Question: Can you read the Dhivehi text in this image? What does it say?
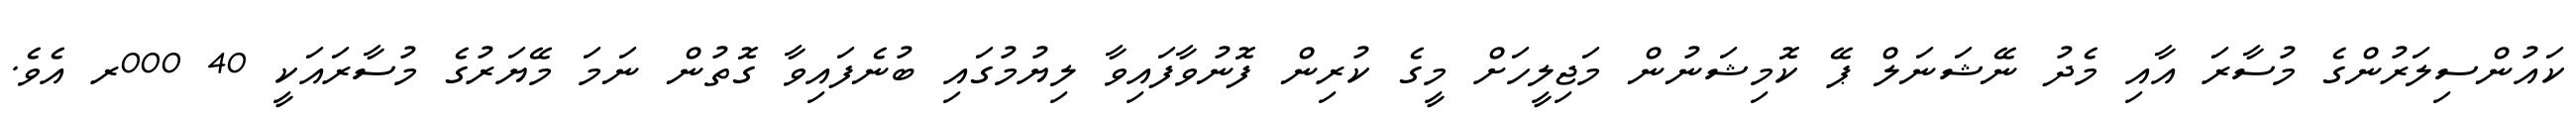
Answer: ކައުންސިލަރުންގެ މުސާރަ އާއި މެދު ނޭޝަނަލް ޕޭ ކޮމިޝަނުން މަޖިލީހަށް މީގެ ކުރިން ފޮނުވާފައިވާ ލިޔުމުގައި ބުނެފައިވާ ގޮތުން ނަމަ މޭޔަރުގެ މުސާރައަކީ 40 000ރ އެވެ.